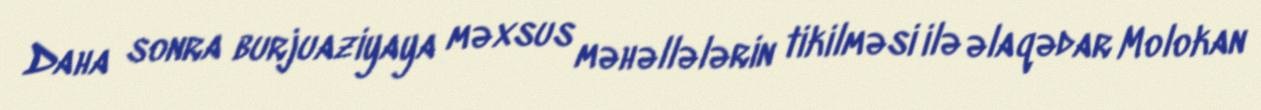
Daha sonra burjuaziyaya məxsus məhəllələrin tikilməsi ilə əlaqədar Molokan